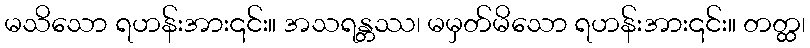
မသိသော ရဟန်းအား၎င်း။ အသရန္တဿ၊ မမှတ်မိသော ရဟန်းအား၎င်း။ တတ္ထ၊